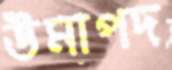
উমাপদ